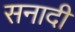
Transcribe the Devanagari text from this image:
सनादी